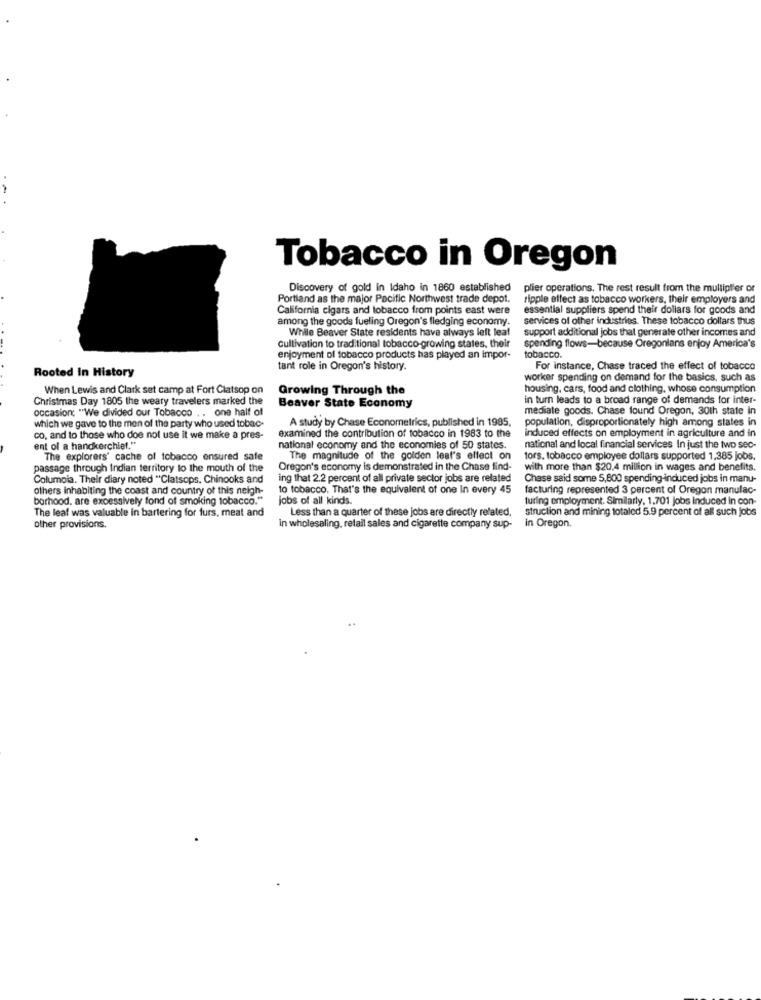
Tobacco in Oregon
Discovery of gold In Idaho in 1860 established
plier operations. The rest result from the multiplier or
Portland as the major Pacific Northwest trade depot.
ripple effect as tobacco workers, their employers and
California cigars and tobacco from points east were
essential suppliers spend their dollars for goods and
among the goods fueling Oregon's fledging economy.
services of other industries. These tobacco dollars thus
While Beaver State residents have always left leaf
support additional jobs that generate other incomes and
Cultivation to traditional tobacco-growing states, their
spending flows-because Oregonlans enjoy America's
enjoyment of tobacco products has played an impor-
tobacco.
Rooted In History
tant role in Oregon's history.
For instance, Chase traced the effect of tobacco
worker spending on demand for the basics, such as
When Lewis and Clark set camp at Fort Clatsop on
Growing Through the
housing, cars, food and clothing, whose consumption
Christmas Day 1805 the weary travelers marked the
in turn leads to a broad range of demands for inter-
occasion: "We divided our Tobacco . . one half of
Beaver State Economy
mediate goods. Chase found Oregon, 30th state In
which we gave to the men of the party who used tobac-
A study by Chase Econometrics, published in 1985,
population, disproportionately high among states in
induced effects on employment in agriculture and in
co. and to those who doe not use it we make a pres-
examined the contribution of tobacco in 1983 to the
ent of a handkerchief."
national economy and the economies of 50 states.
national and local financial services In just the two sec-
The explorers' cache of tobacco ensured safe
The magnitude of the golden leaf's effect on
tors. tobacco employee dollars supported 1,385 jobs.
passage through Indian territory to the mouth of the
Oregon's economy is demonstrated in the Chase find-
with more than $20,4 million in wages and benefits.
Columpia. Their diary noted "Clatsops. Chinooks and
ing that 2.2 percent of all private sector jobs are related
Chase said some 5,800 spending-induced jobs in manu-
others inhabiting the coast and country of this neigh-
to tobacco. That's the equivalent of one In every 45
facturing represented 3 percent of Oregon manulac-
borhood, are excessively fond of smoking tobacco."
jobs of all kinds.
turing employment. Similarly, 1,701 jobs induced in con-
The leaf was valuable in bartering for furs, meat and
Less than a quarter of these jobs are directly related.
struction and mining totaled 5.9 percent of all such jobs
other provisions.
in wholesaling, retail sales and cigarette company sup-
in Oregon.